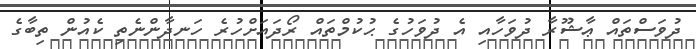
ދުވަސްތައް ޢާޝޫރާ ދުވަހާއި އެ ދުވަހުގެ ޙުކުމްތައް ރޯދައަށްހުރެ ހަނދާންނެތި ކެއުން ތިބާގެ